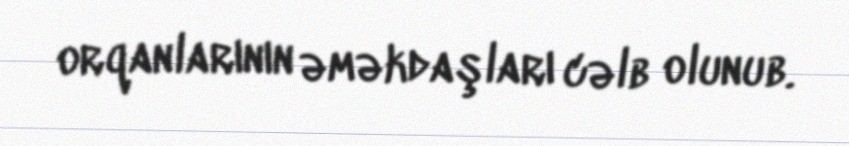
orqanlarının əməkdaşları cəlb olunub.